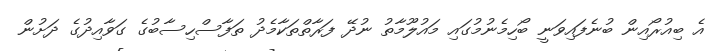
އެ ބިއުރޯއިން ބުނެފައިވަނީ ބޯހިމެނުމުގައި މައުލޫމާތު ނުދޭ ފަރާތްތަކާމެދު ތަފާސްހިސާބުގެ ގަވާއިދުގެ ދަށުން